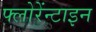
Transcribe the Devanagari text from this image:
फ्लोरेंन्टाइन